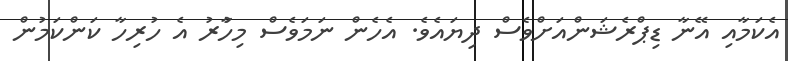
އެކަމާއި އޭނާ ޑިޕްރެޝަންއަށްވެސް ދިޔައެވެ. އެހެން ނަމަވެސް މިހާުރު އެ ހުރިހާ ކަންކަމުން